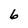
Character: 6